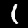
Digit: 1